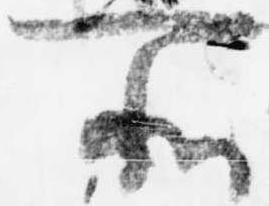
所